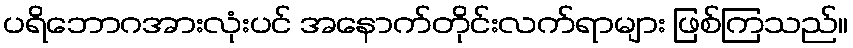
ပရိဘောဂအားလုံးပင် အနောက်တိုင်းလက်ရာများ ဖြစ်ကြသည်။